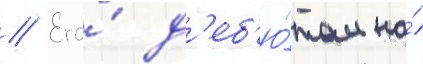
// Его́ д'еб'ю́том на́